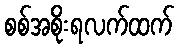
စစ်အစိုးရလက်ထက်